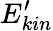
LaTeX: E_{kin}^{\prime}